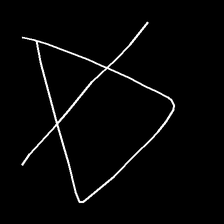
Glyph: empower